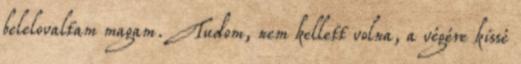
belelovaltam magam. Tudom, nem kellett volna, a végére kissé